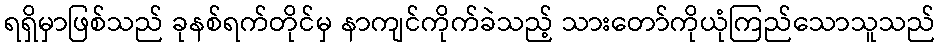
ရရှိမှာဖြစ်သည် ခုနစ်ရက်တိုင်မှ နာကျင်ကိုက်ခဲသည့် သားတော်ကိုယုံကြည်သောသူသည်